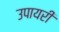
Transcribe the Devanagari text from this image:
उपायरी